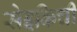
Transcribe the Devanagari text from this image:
सेइकिची